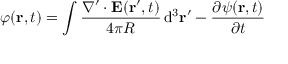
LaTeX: \varphi ( \mathbf { r } , t ) = \int { \frac { \nabla ^ { \prime } \cdot { \mathbf { E } } ( \mathbf { r } ^ { \prime } , t ) } { 4 \pi R } } \operatorname { d } \! ^ { 3 } \mathbf { r } ^ { \prime } - { \frac { \partial { \psi ( \mathbf { r } , t ) } } { \partial t } }